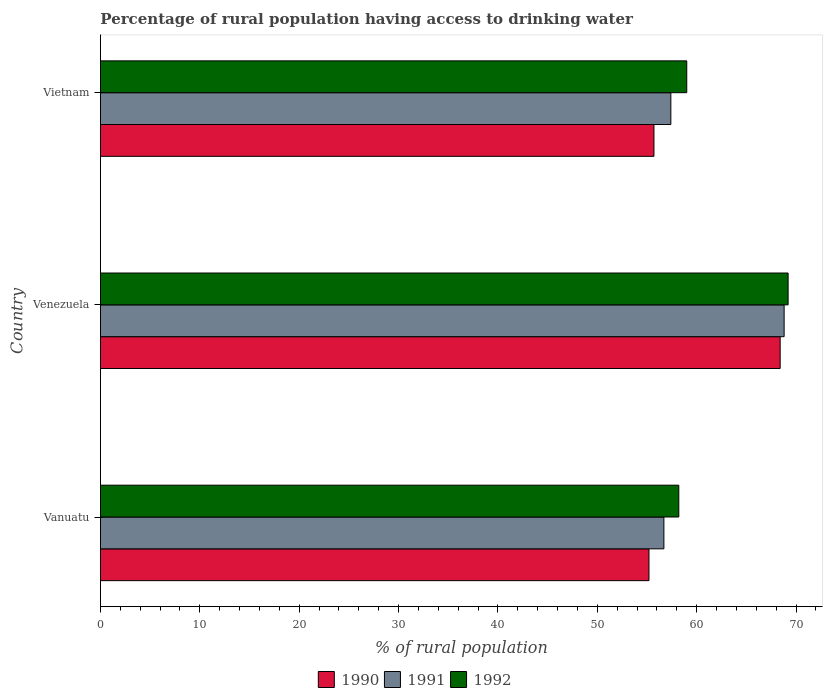
| Country | 1990 | 1991 | 1992 |
 | --- | --- | --- | --- |
 | Vanuatu | 55.2 | 56.7 | 58.2 |
 | Venezuela | 68.4 | 68.8 | 69.2 |
 | Vietnam | 55.7 | 57.4 | 59 |